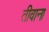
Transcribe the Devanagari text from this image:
तीवाना